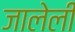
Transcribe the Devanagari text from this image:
जालेली